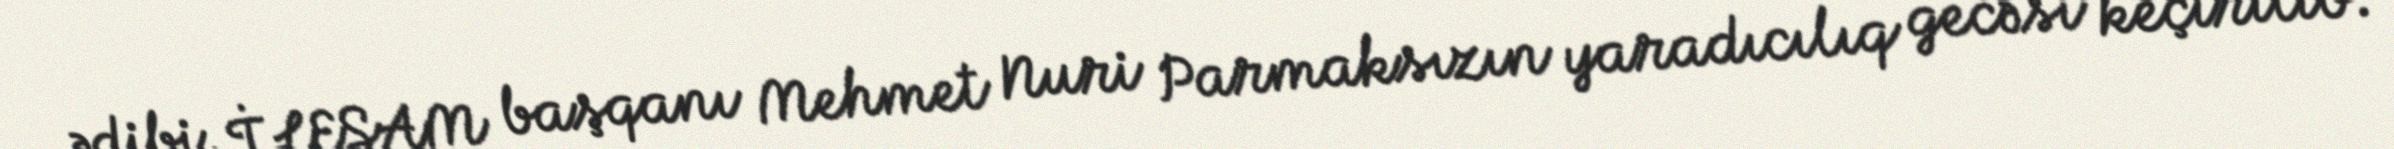
ədibi, İLESAM başqanı Mehmet Nuri Parmaksızın yaradıcılıq gecəsi keçirilib.